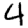
Digit: 4